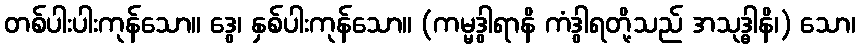
တစ်ပါးပါးကုန်သော။ ဒွေ၊ နှစ်ပါးကုန်သော။ (ကမ္မဒွါရာနိ ကံဒွါရတို့သည် အသုဒ္ဓါနိ၊) သော၊